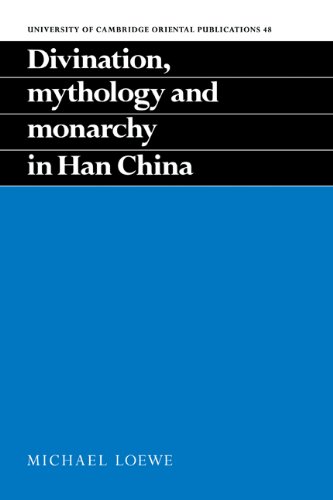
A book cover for Divination, Mythology and Monarchy in Han China (University of Cambridge Oriental Publications); Michael Loewe; Religion & Spirituality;